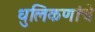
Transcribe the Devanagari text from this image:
धुलिकणांचे